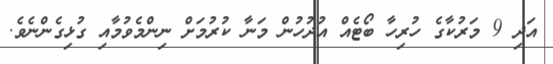
އަދި 9 މަރުކާގެ ހުރިހާ ބޯޓެއް އުދުހުން މަނާ ކުރުމަށް ނިންމެވުމާއި ގުޅިގެންނެވެ.